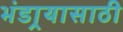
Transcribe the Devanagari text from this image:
भंडार्‍यासाठी